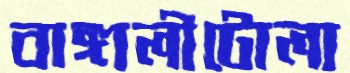
বাঙ্গালীটোলা